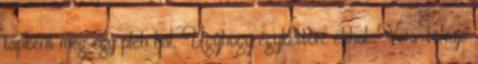
tápként meg egy pléh hal, Úgyhogy egykettőre éhhal. Vers-tolvajé